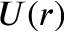
U ( r )